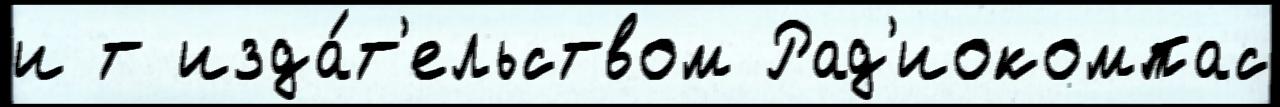
и т изда́т'ельством Рад'иокомпас